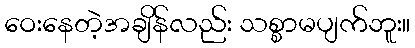
ဝေးနေတဲ့အချိန်လည်း သစ္စာမပျက်ဘူး။